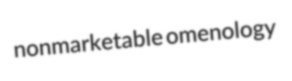
nonmarketable omenology